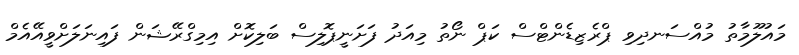
މައުލޫމާތު މުއްސަނދިވި ޕްރެޒިޑެންޓްސް ކަޕް ނޯތު މިއަދު ފަށަނީޕޮލިސް ބަލިކޮށް އިމިގްރޭޝަން ފައިނަލަށްވީއޭއެމް